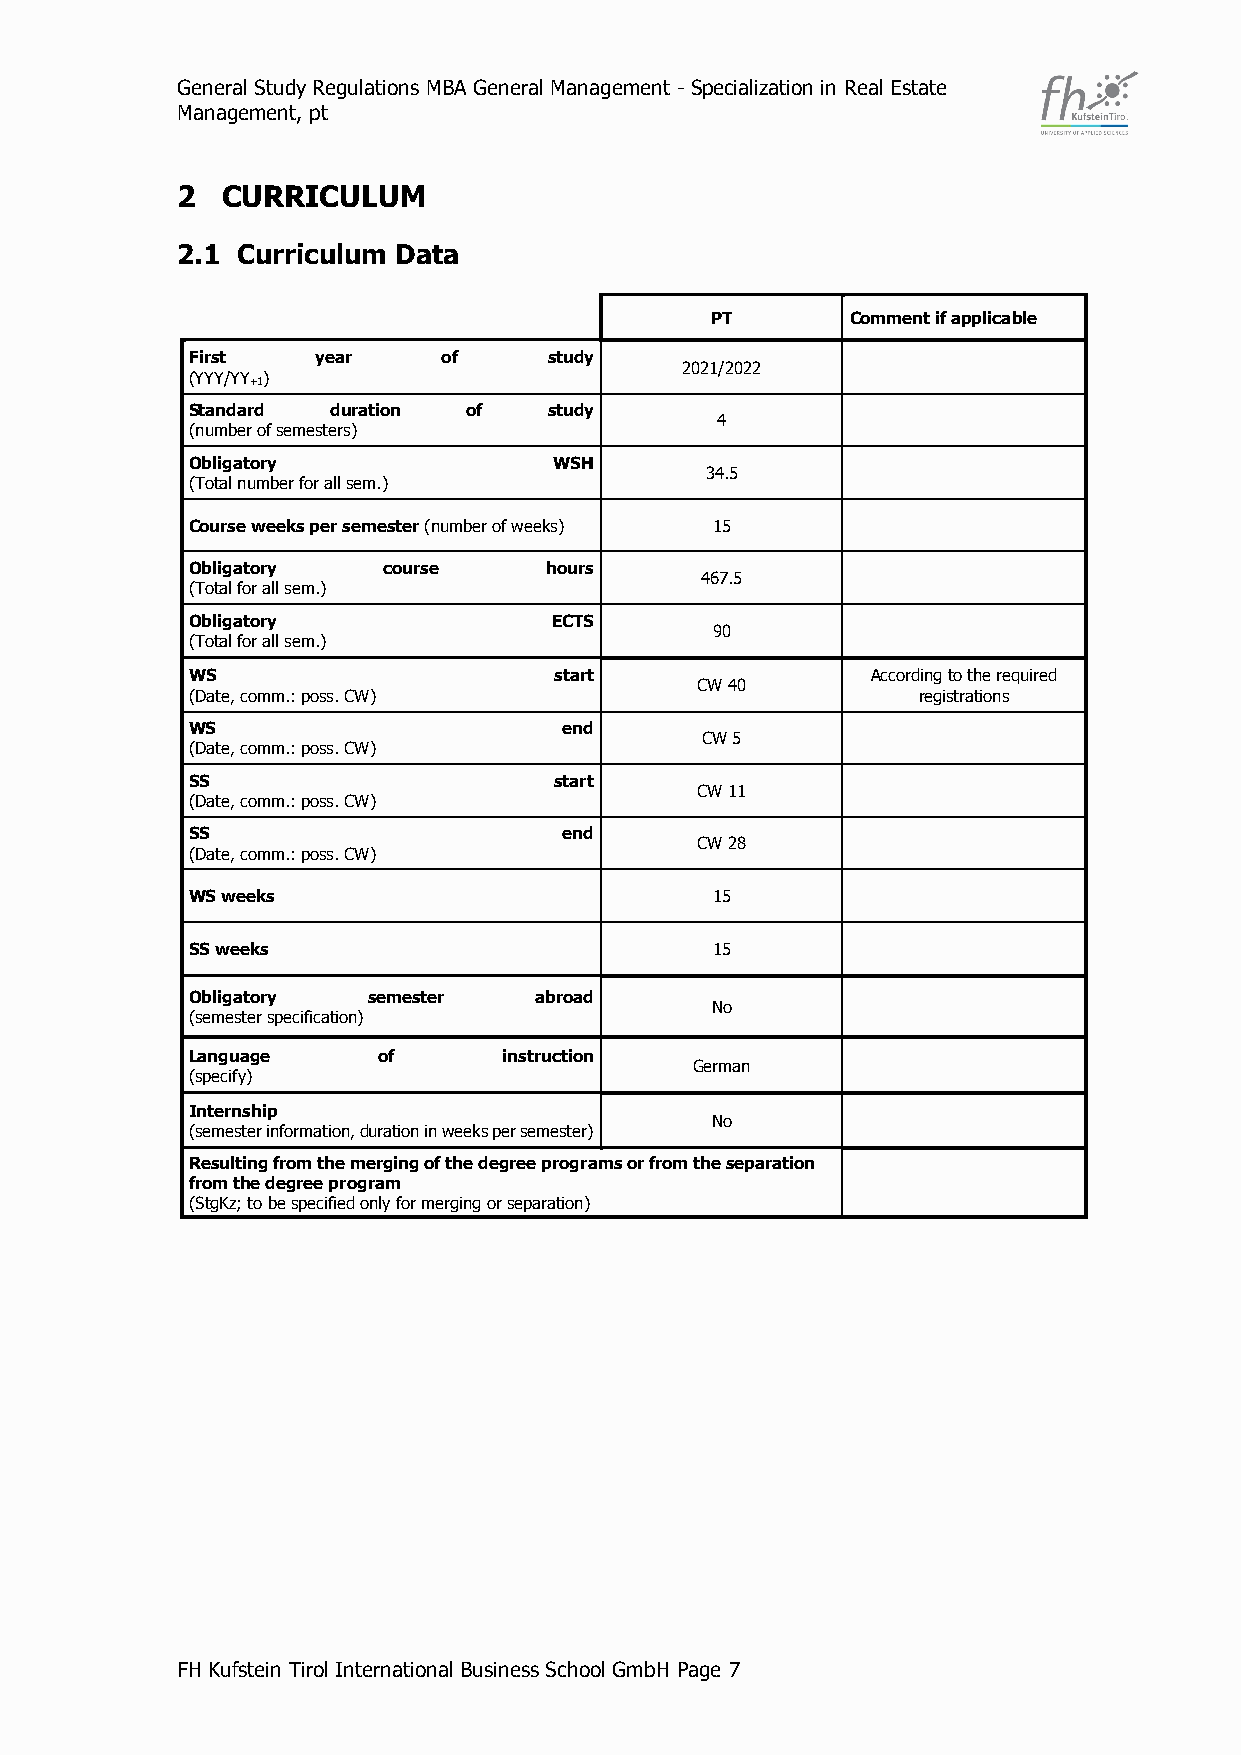
General Study Regulations MBA General Management - Specialization in Real Estate
 Management, pt
 2  CURRICULUM
 2.1 Curriculum Data
 PT       Comment if applicable
 First    year    of     study
 2021/2022
 (YYY/YY+1)
 Standard  duration of   study
 4
 (number of semesters)
 Obligatory               WSH
 34.5
 (Total number for all sem.)
 Course weeks per semester (number of weeks) 15
 Obligatory   course     hours
 467.5
 (Total for all sem.)
 Obligatory               ECTS
 90
 (Total for all sem.)
 WS                       start                According to the required
 CW 40
 (Date, comm.: poss. CW)                          registrations
 WS                       end
 CW 5
 (Date, comm.: poss. CW)
 SS                       start
 CW 11
 (Date, comm.: poss. CW)
 SS                       end
 CW 28
 (Date, comm.: poss. CW)
 WS weeks                           15
 SS weeks                           15
 Obligatory  semester   abroad
 No
 (semester specification)
 Language     of      instruction
 German
 (specify)
 Internship
 No
 (semester information, duration in weeks per semester)
 Resulting from the merging of the degree programs or from the separation
 from the degree program
 (StgKz; to be specified only for merging or separation)
 FH Kufstein Tirol International Business School GmbH Page 7